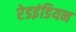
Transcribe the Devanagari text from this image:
रेडइंडियन